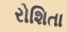
રોશિતા